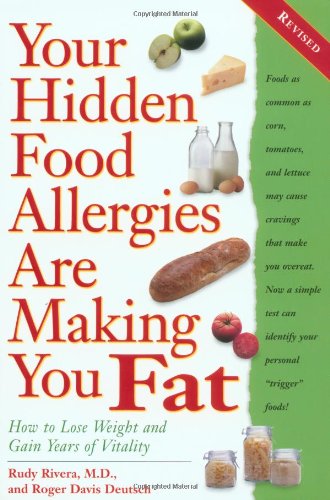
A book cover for Your Hidden Food Allergies Are Making You Fat; Roger Deutsch; Health, Fitness & Dieting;